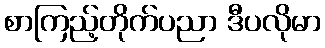
စာကြည့်တိုက်ပညာ ဒီပလိုမာ